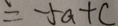
= - 5 a + c